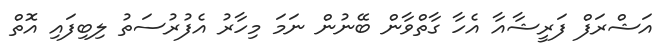
އަޝްރަފް ފަރީޝާއާ އެހާ ގާތްވާން ބޭނުން ނަމަ މިހާރު އެފުރުސަތު ލިބިފައި އޮތް